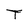
Character: T